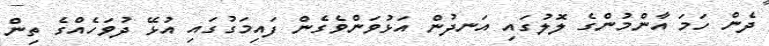
ދެން ހަމަ އާންމުންގެ ލޮލުގައި އަނދުން އަޅުވަންވެގެން ފައިމަގުގައި އުޅޭ ދުވަހެއްގެ ތިން